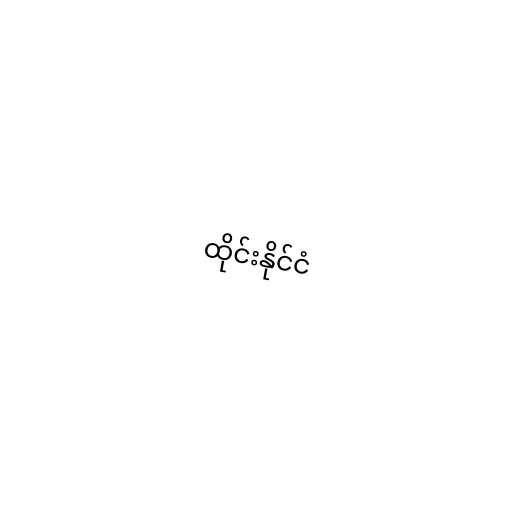
ထိုင်းနိုင်ငံ